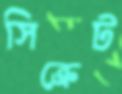
সিক্রেট